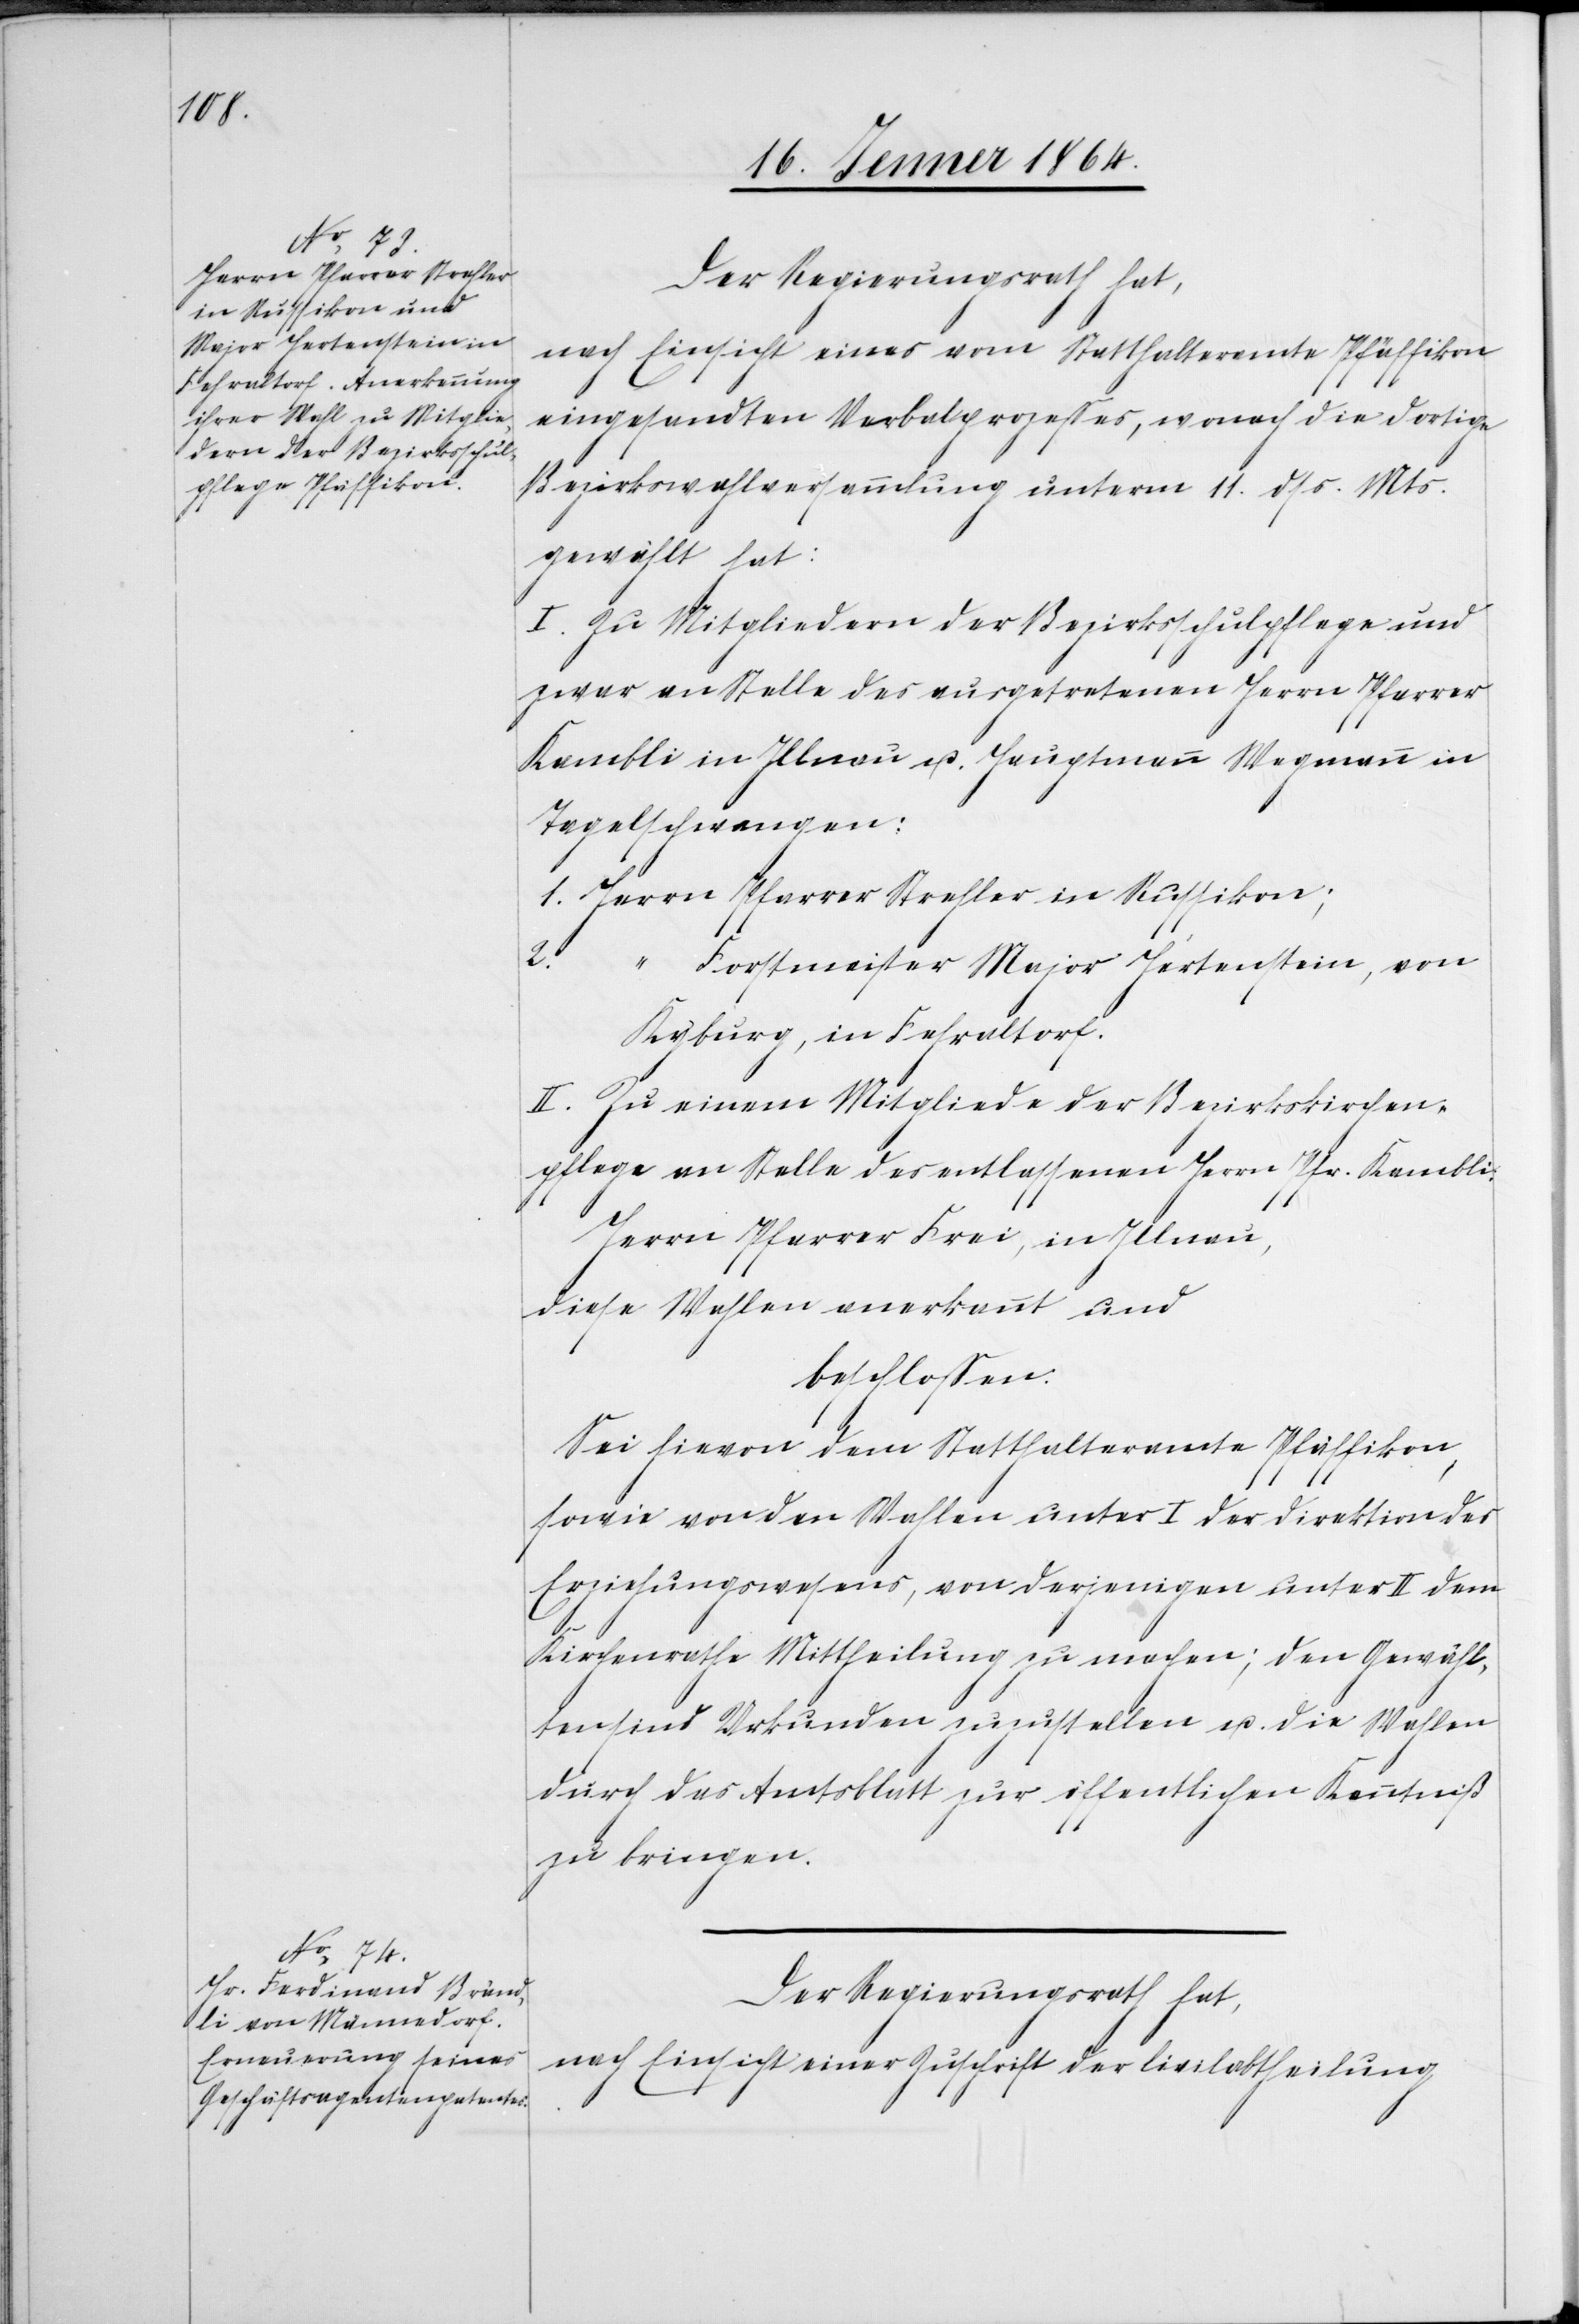
Der Regierungsrath hat,
nach Einsicht eines vom Statthalteramte Pfäffikon
eingesandten Verbalprozesses, wonach die dortige
Bezirkswahlversammlung unterm 11. dss. Mts.
gewählt hat:
I. Zu Mitgliedern der Bezirksschulpflege und
zwar an Stelle des ausgetretenen Herrn Pfarrer
Kambli in Illnau, u. Hauptmann Wegmann in
Tagelschwangen:
1. Herrn Pfarrer Strehler in Russikon;
2.
“ Forstmeister Major Hertenstein, von
Kyburg, in Fehraltorf.
II. Zu einem Mitgliede der Bezirkskirchen¬
pflege an Stelle des entlassenen Herrn Pfr. Kambli:
Herrn Pfarrer Frei, in Illnau,
diese Wahlen anerkannt und
beschlossen.
Sei hievon dem Statthalteramte Pfäffikon,
sowie von den Wahlen unter I der Direktion des
Erziehungswesens, von derjenigen unter II dem
Kirchenrathe Mittheilung zu machen; den Gewähl¬
ten sind Urkunden zuzustellen u. die Wahlen
durch das Amtsblatt zur öffentlichen Kenntniß
zu bringen.
nach Einsicht einer Zuschrift der Civilabtheilung